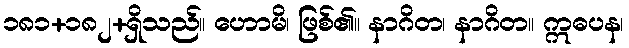
၁၈၁+၁၈၂+ရှိသည်။ ဟောမိ၊ ဖြစ်၏။ နာဂိတ၊ နာဂိတ။ ဣဓပန၊